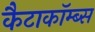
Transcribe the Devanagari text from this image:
कैटाकॉम्ब्स